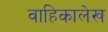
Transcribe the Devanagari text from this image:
वाहिकालेख